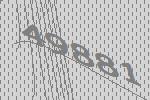
49881